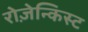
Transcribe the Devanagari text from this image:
रोज़ेन्किस्ट